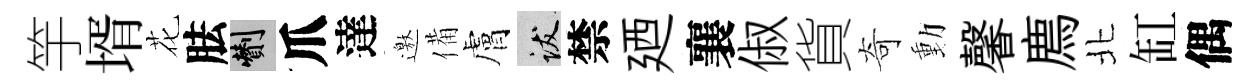
竽壻花胠剪爪達邀備膚跋禁廼襄俶貨奇動馨廌北缸偶